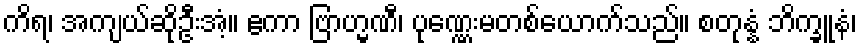
ကိရ၊ အကျယ်ဆိုဦးအံ့။ ဧကာ ဗြာဟ္မဏီ၊ ပုဏ္ဏေးမတစ်ယောက်သည်။ စတုန္နံ ဘိက္ခူနံ၊